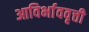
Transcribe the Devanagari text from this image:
आविर्भाववृत्ती